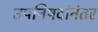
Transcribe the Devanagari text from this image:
उपनिषदांनंतर